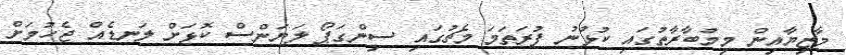
މާޒިޔާއިން މިމުބާރާތުގައި ކުޅުނު ފުރަތަމަ މެޗުގައި ސިންގަޕޯ ލަޔަންސް ކޮޅަށް ލަނޑެއް ޖެހުމަށް